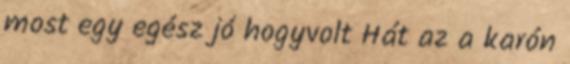
most egy egész jó hogyvolt Hát az a karón